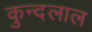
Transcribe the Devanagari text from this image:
कुन्दलाल